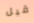
قبل